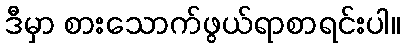
ဒီမှာ စားသောက်ဖွယ်ရာစာရင်းပါ။